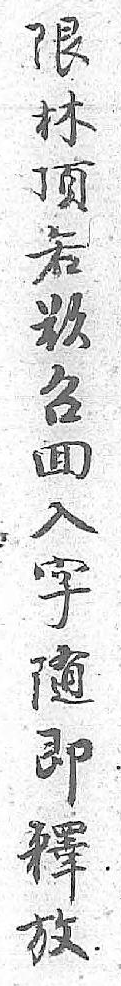
限林頂若欲召囬入字随即釋放